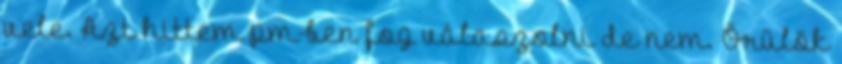
vele. Azt hittem pm-ben fog válaszolni de nem. Örülök